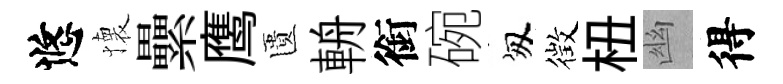
悠懐纍鹰匱輈銜碗匆徴杻幽得